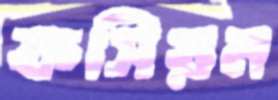
ফসিয়ন